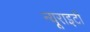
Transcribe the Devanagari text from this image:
न्यूराइटी